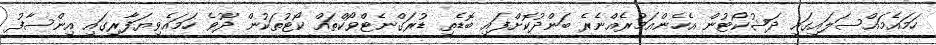
ހަމައެމައްސަލައިގައި ދަޝުކޯޓުން އެހެންއަމުރެއްނެރެ ބަންދުކޮށްފައި ބޮޑެތި ޑުރަގްނެޓްވޯކްތައް ކޯޓުތަކުން ދޫވެ ހަމައެވިޔަފާރިގައި އިންސާފު